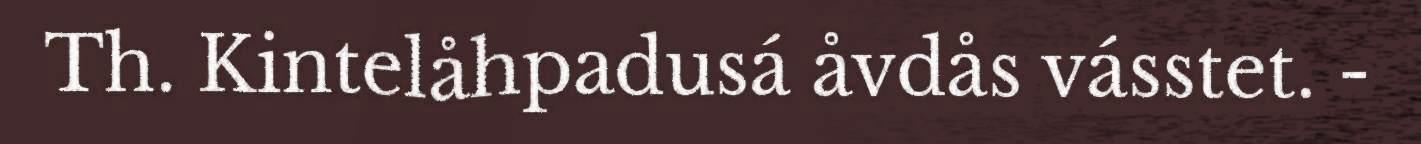
Th. Kintelåhpadusá åvdås vásstet. -